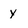
Character: y